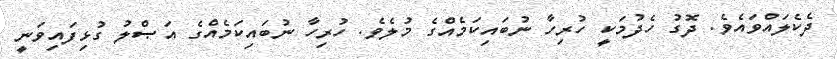
ދެކެލައްވައެވެ. ދޮގު ހެދުމަކީ ހުރިހާ ނުބައިކަމެއްގެ މުލެވެ. ހުރިހާ ނުބައިކަމެއްގެ އަޞްލު ގުޅިފައިވަނީ